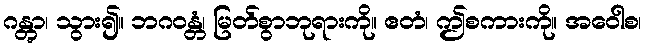
ဂန္တွာ၊ သွား၍။ ဘဂဝန္တံ၊ မြတ်စွာဘုရားကို။ ဧတံ၊ ဤစကားကို။ အဝေါစ၊